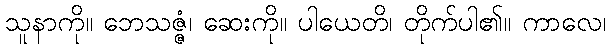
သူနာကို။ ဘေသဇ္ဇံ၊ ဆေးကို။ ပါယေတိ၊ တိုက်ပါ၏။ ကာလေ၊